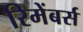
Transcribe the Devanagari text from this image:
रिमेंबर्स